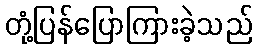
တုံ့ပြန်ပြောကြားခဲ့သည်